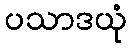
ပသာဒယုံ